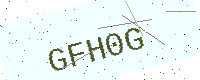
Text: GFH0G